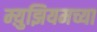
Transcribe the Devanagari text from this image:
म्य़ुझियमच्या